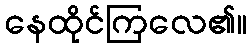
နေထိုင်ကြလေ၏။